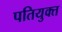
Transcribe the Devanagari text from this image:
पतियुक्त